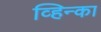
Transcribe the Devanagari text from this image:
व्हिन्का